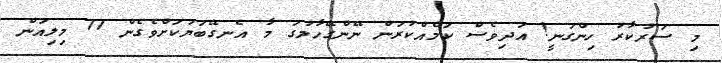
މި ސަރުކާރު ހިންގަނީ! އަދިވެސް ކަމެއްކުރަން ނޭންގޭހާލުގަ މާ އެނގޭބަޔަކަށްވެގެން 77 މިލިއަން